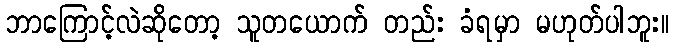
ဘာကြောင့်လဲဆိုတော့ သူတယောက် တည်း ခံရမှာ မဟုတ်ပါဘူး။